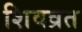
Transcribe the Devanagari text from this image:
शिवव्रत